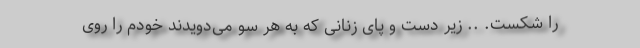
را شکست. .. زیر دست و پای زنانی که به هر سو می‌دویدند خودم را روی